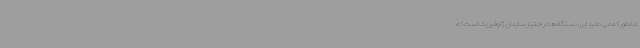
مانطور که می دانید این دستگاه‌ها در اختیار سازمان ژئوفیزیک است که